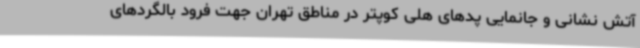
آتش نشانی و جانمایی پدهای هلی کوپتر در مناطق تهران جهت فرود بالگردهای